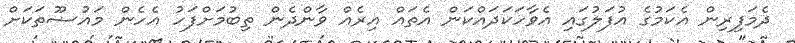
ދެމަފިރިން އެކަމުގެ އުފަލުގައި އެވާހަކަދައްކަން އެތައް އިރެއް ވާންދެން ތިބުމަށްފަހު އެހެން މައުޟޫތަކަށް